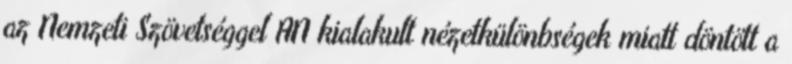
az Nemzeti Szövetséggel AN kialakult nézetkülönbségek miatt döntött a